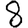
Digit: 8